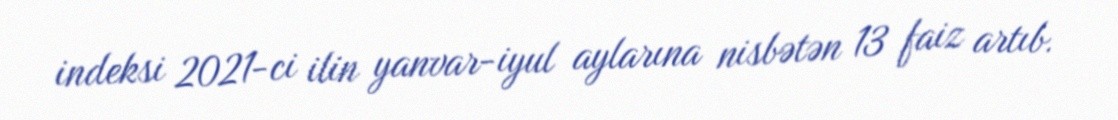
indeksi 2021-ci ilin yanvar-iyul aylarına nisbətən 13 faiz artıb.